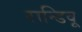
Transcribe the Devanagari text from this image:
रान्डिवू